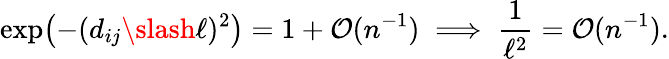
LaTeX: \exp\bigl(-(d_{ij}\slash\ell)^{2}\bigr)=1+\mathcal{O}(n^{-1})\implies\frac{1}{\ell^{2}}=\mathcal{O}(n^{-1}).